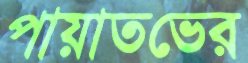
পায়াতভের